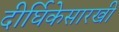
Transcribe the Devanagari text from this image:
दीर्घिकेसारखी